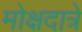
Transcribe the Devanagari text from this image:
मोक्षदात्रे